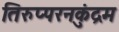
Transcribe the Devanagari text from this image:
तिरुप्परनकुंद्रम